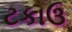
ટકાઉ